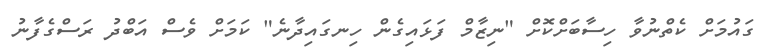
ގައުމަށް ކެތްނުވާ ހިސާބަށްކޮށް "ނިޒާމް ފަޅައިގެން ހިނގައިދާނެ" ކަމަށް ވެސް އަބްދު ރަސްގެފާނު